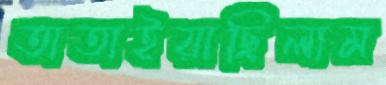
তাতাইয়াছিলাম